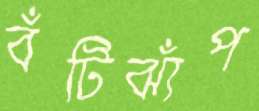
বঁটিঝাঁপ